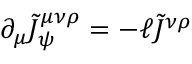
\partial _ { \mu } \tilde { J } _ { \psi } ^ { \mu \nu \rho } = - \ell \tilde { J } ^ { \nu \rho }